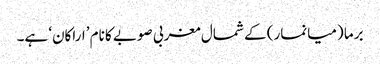
برما (میانمار) کے شمال مغربی صوبے کا نام ’اراکان‘ ہے۔